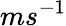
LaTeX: ms^{-1}